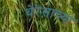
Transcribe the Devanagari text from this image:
थेरेसाच्या